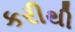
કરીથી